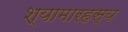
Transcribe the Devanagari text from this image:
श्यामारहस्य